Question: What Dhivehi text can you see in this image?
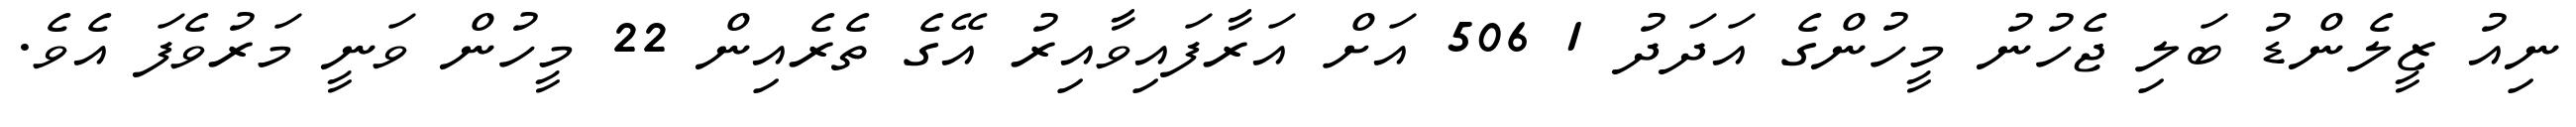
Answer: ނިއު ޒީލެންޑު ބަލި ޖެހުނު މީހުންގެ އަދަދު 1 506 އަށް އަރާފައިވާއިރު އޭގެ ތެރެއިން 22 މީހުން ވަނީ މަރުވެފަ އެވެ.